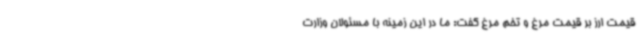
قیمت ارز بر قیمت مرغ و تخم مرغ گفت: ما در این زمینه با مسئولان وزارت